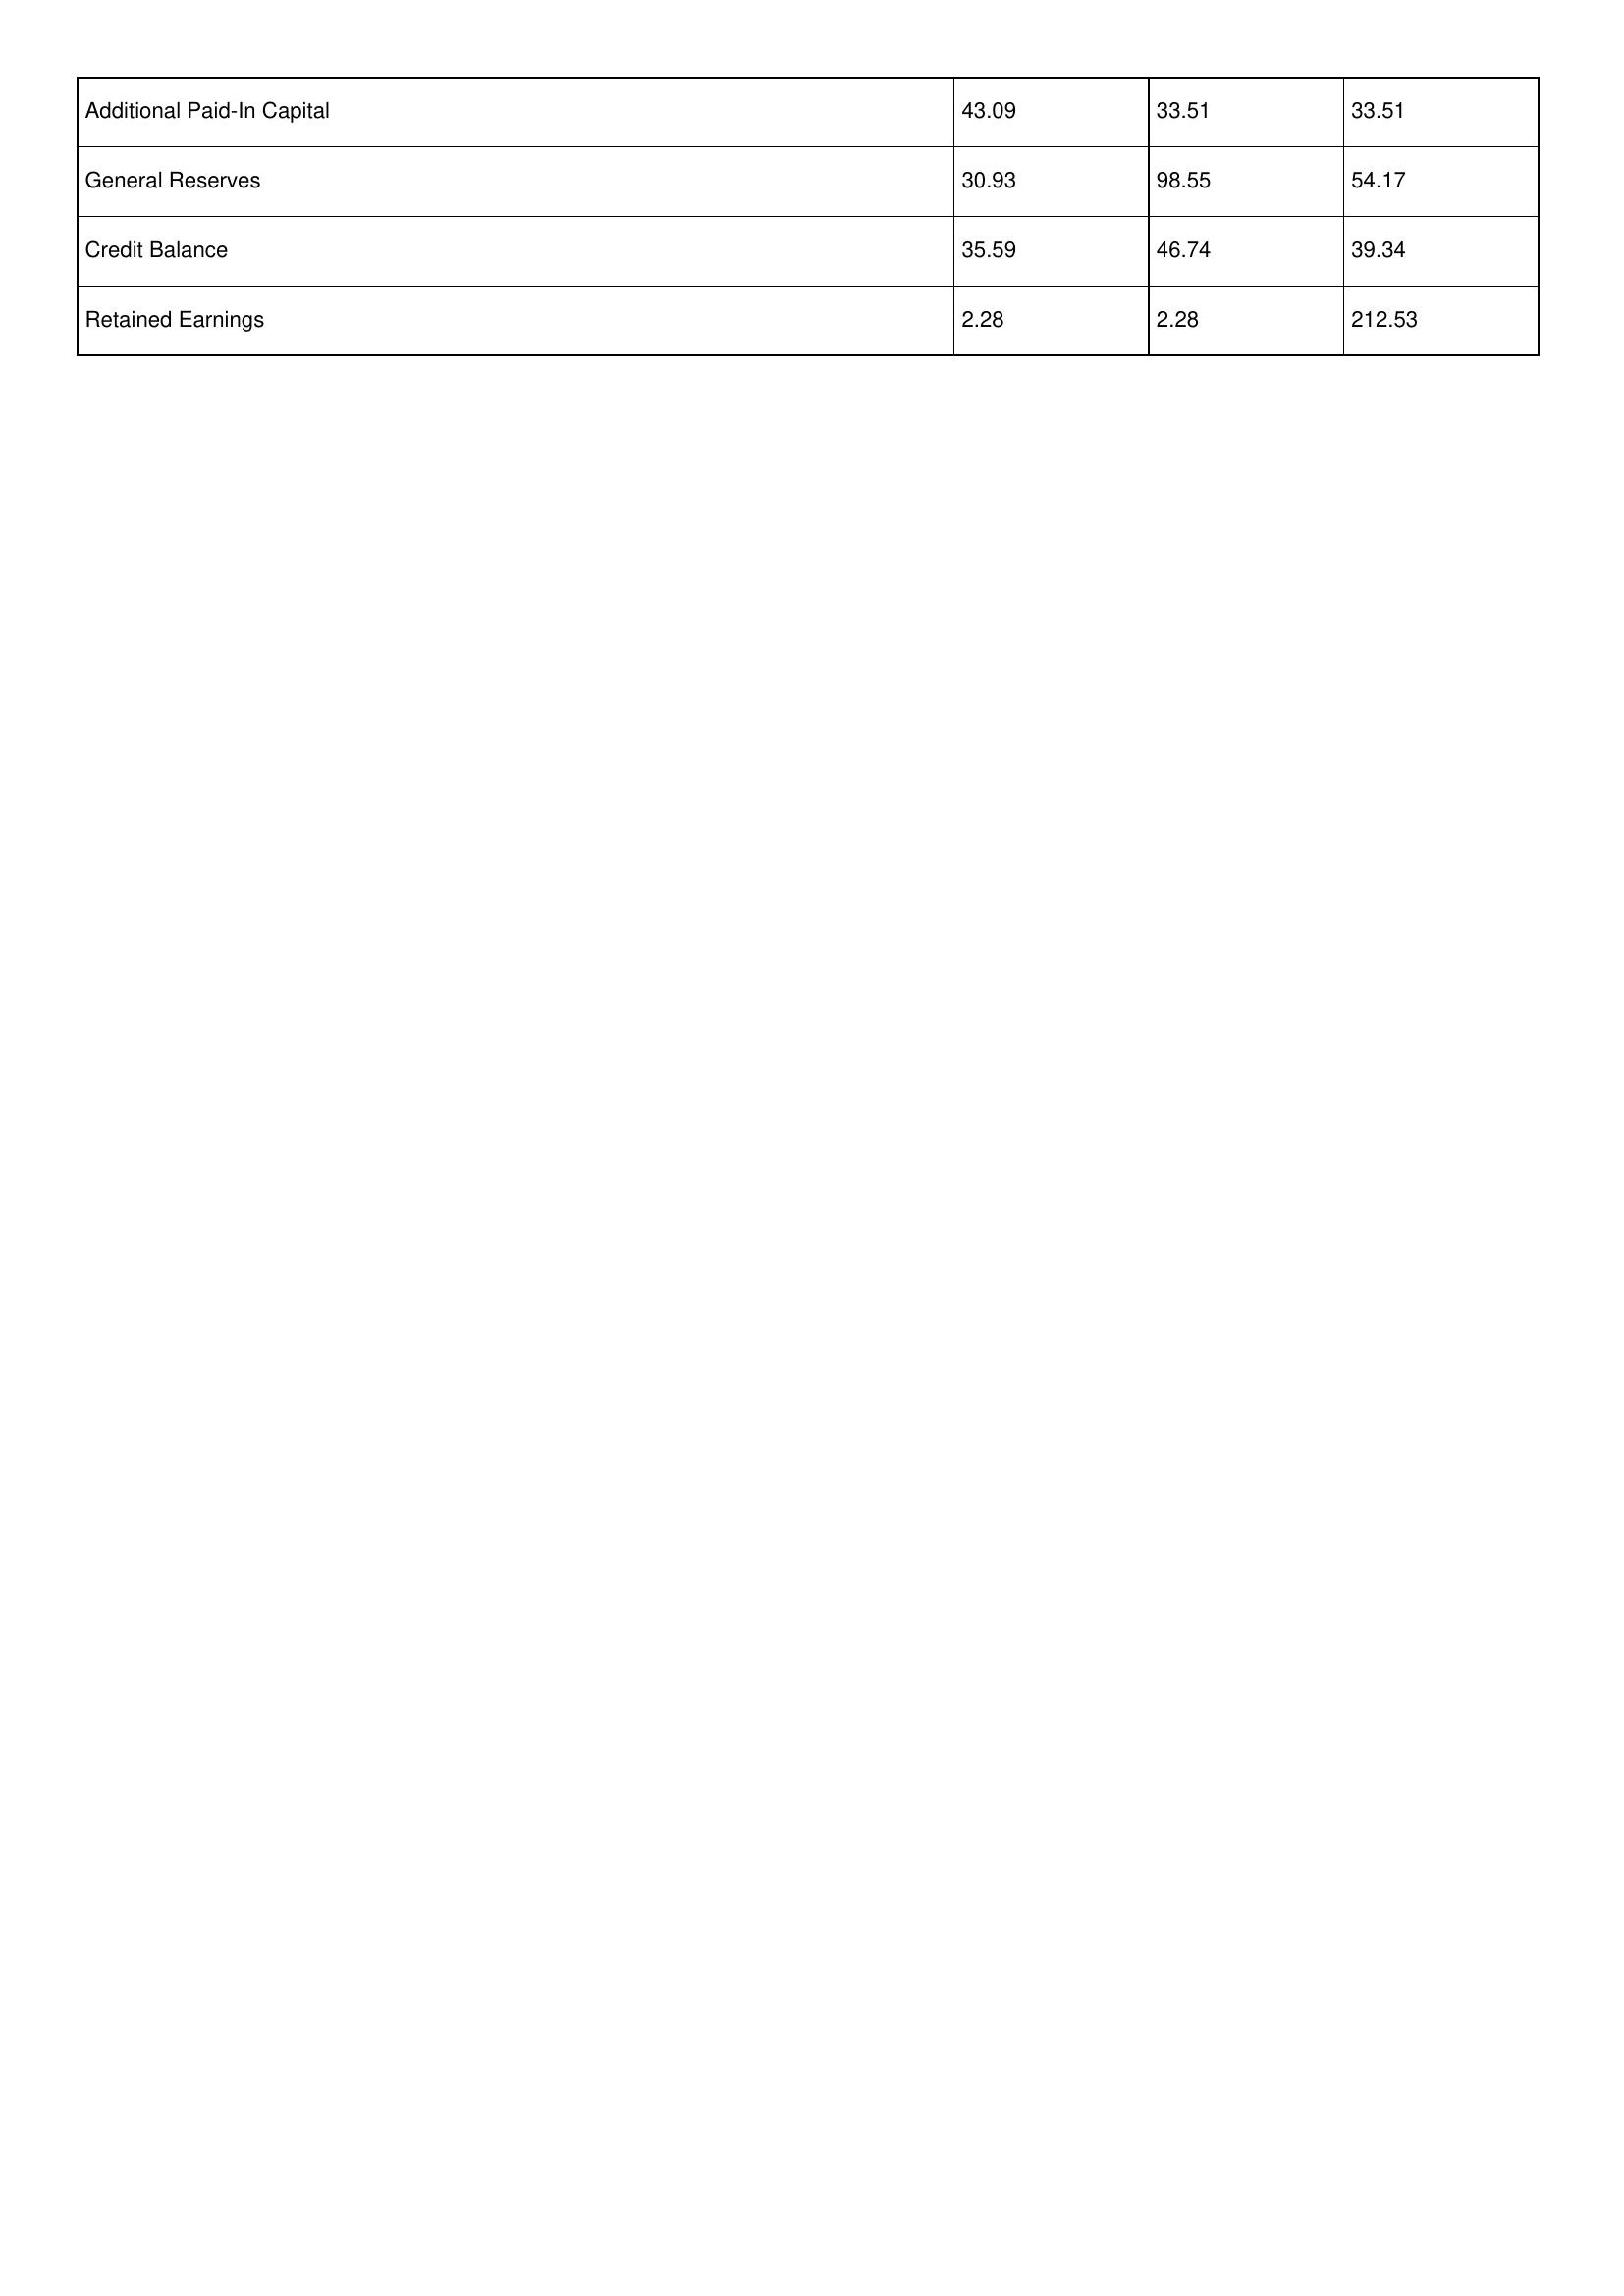
gt_parse: 1993: Additional Paid-In Capital: 43.09
General Reserves: 30.93
Credit Balance: 35.59
Retained Earnings: 2.28
1992: Additional Paid-In Capital: 33.51
General Reserves: 98.55
Credit Balance: 46.74
Retained Earnings: 2.28
1991: Additional Paid-In Capital: 33.51
General Reserves: 54.17
Credit Balance: 39.34
Retained Earnings: 212.53